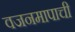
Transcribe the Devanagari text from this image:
वजनमापाची